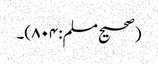
(صحیح مسلم:۸۰۴)۔